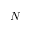
N